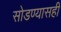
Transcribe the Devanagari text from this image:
सोडण्यासही